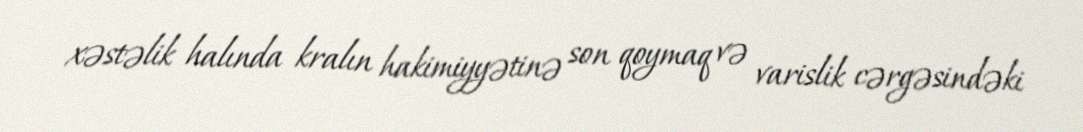
xəstəlik halında kralın hakimiyyətinə son qoymaq və varislik cərgəsindəki